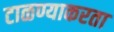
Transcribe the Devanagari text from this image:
टाळण्याकरता